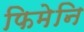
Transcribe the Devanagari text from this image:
फिमेनि